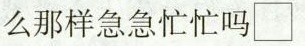
么那样急急忙忙吗\Box